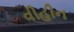
વીહીન